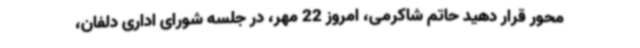
محور قرار دهید حاتم شاکرمی، امروز 22 مهر، در جلسه شورای اداری دلفان،